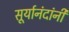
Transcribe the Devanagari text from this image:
सूर्यानंदांनी